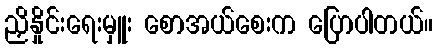
ညှိနှိုင်းရေးမှူး စောအယ်စေးက ပြောပါတယ်။